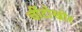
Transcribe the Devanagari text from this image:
चींटोखोर